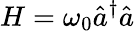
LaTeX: H=\omega_{0}\hat{a}^{\dagger}\hat{a}